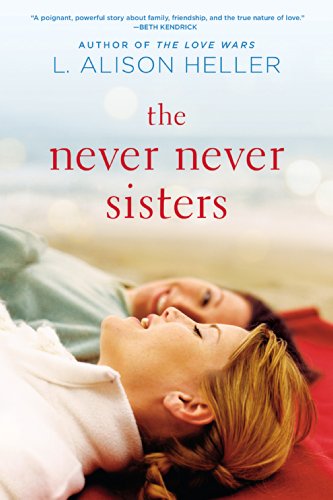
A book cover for The Never Never Sisters; L. Alison Heller; Literature & Fiction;